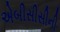
એબીસીસીની